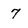
Character: 7